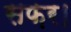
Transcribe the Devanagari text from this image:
सफ़र।